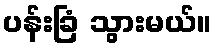
ပန်းခြံ သွားမယ်။